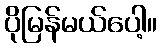
ပိုမြန်မယ်ပေါ့။